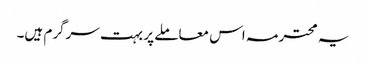
یہ محترمہ اس معاملے پر بہت سرگرم ہیں۔